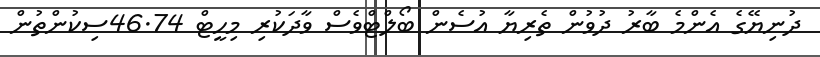
ދުނިޔޭގެ އެންމެ ބާރު ދުވުން ތެރިޔާ އުސެން ބޯލްޓްވެސް ވާދަކުރި މިހީޓް 46.74ސިކުންތުން